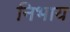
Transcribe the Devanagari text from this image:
निभाय